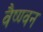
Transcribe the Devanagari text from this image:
वैष्ण्वन